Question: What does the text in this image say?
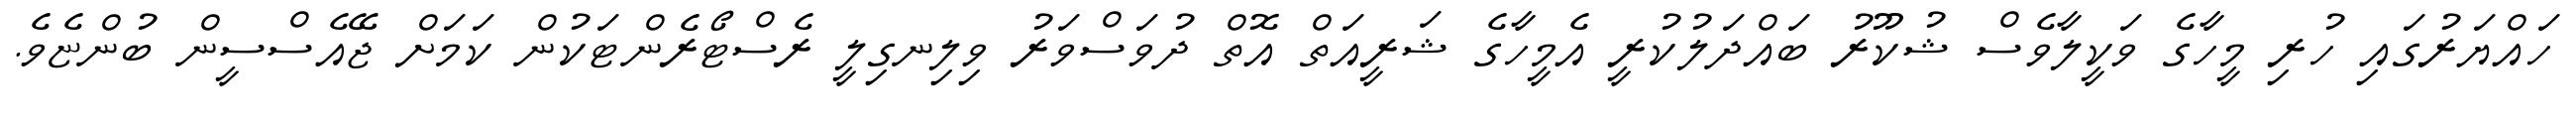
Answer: ހައްޔަރުގައި ހުރި މީހާގެ ވަކީލާވެސް ޝުކޫރު ބައްދަލުކުރީ އެމީހާގެ ޝަރީއަތް އޮތް ދުވަސްވަރު ވިލިނގިލީ ރެސްޓޯރެންޓަކުން ކަމަށް ޖޭއެސްސީން ބުންޏެވެ.